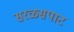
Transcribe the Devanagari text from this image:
सरळसपाट